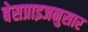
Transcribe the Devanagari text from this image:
बेसप्राइजनुसार